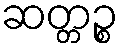
ဆတ္တဉ္စ